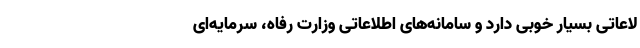
لاعاتی بسیار خوبی دارد و سامانه‌های اطلاعاتی وزارت رفاه، سرمایه‌ای